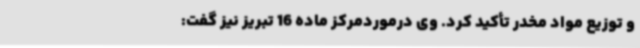
و توزیع مواد مخدر تأکید کرد. وی درموردمرکز ماده 16 تبریز نیز گفت: